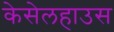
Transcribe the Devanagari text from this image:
केसेलहाउस